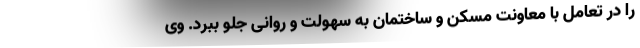
را در تعامل با معاونت مسکن و ساختمان به سهولت و روانی جلو ببرد. وی